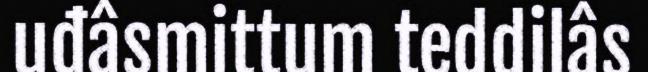
uđâsmittum teddilâs